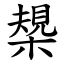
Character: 槼